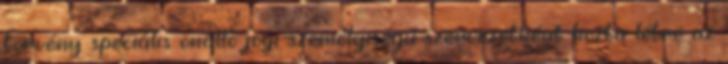
törvény speciális önálló jogi személyiségű szervezetként hozta létre az